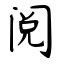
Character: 阅